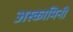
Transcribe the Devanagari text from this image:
अस्कामिनी